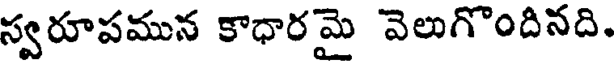
స్వరూపమున కాధారమై వెలుగొందినది.